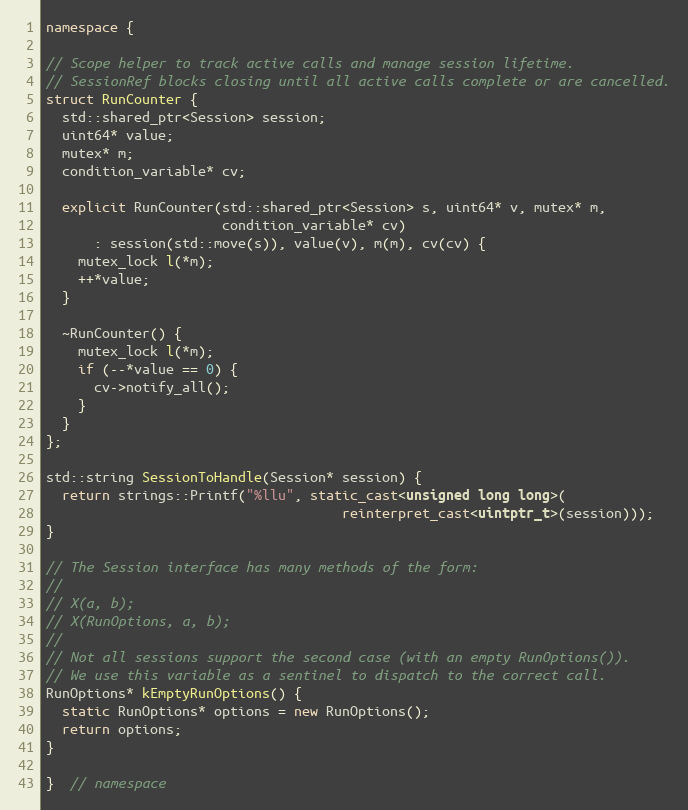
Language: C++
namespace {

// Scope helper to track active calls and manage session lifetime.
// SessionRef blocks closing until all active calls complete or are cancelled.
struct RunCounter {
  std::shared_ptr<Session> session;
  uint64* value;
  mutex* m;
  condition_variable* cv;

  explicit RunCounter(std::shared_ptr<Session> s, uint64* v, mutex* m,
                      condition_variable* cv)
      : session(std::move(s)), value(v), m(m), cv(cv) {
    mutex_lock l(*m);
    ++*value;
  }

  ~RunCounter() {
    mutex_lock l(*m);
    if (--*value == 0) {
      cv->notify_all();
    }
  }
};

std::string SessionToHandle(Session* session) {
  return strings::Printf("%llu", static_cast<unsigned long long>(
                                     reinterpret_cast<uintptr_t>(session)));
}

// The Session interface has many methods of the form:
//
// X(a, b);
// X(RunOptions, a, b);
//
// Not all sessions support the second case (with an empty RunOptions()).
// We use this variable as a sentinel to dispatch to the correct call.
RunOptions* kEmptyRunOptions() {
  static RunOptions* options = new RunOptions();
  return options;
}

}  // namespace